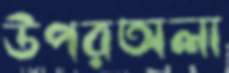
উপরঅলা